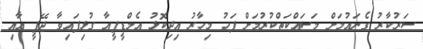
ސަރުކާރު ގެނައުމަށް މަސައްކަތްކުރުމަށް ފަހު މިހާރު އިދިކޮޅު އެމްޑީޕީއާ ގުޅިފައިވާ ޖޭޕީ އާއި